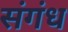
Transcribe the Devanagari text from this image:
संगंध